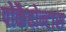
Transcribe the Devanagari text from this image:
पोकैहोन्टास